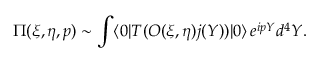
\Pi ( \xi , \eta , p ) \sim \int \langle 0 | T ( { \cal O } ( \xi , \eta ) j ( Y ) ) | 0 \rangle \, e ^ { i p Y } d ^ { 4 } Y .